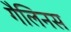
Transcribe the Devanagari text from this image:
गैलिनस